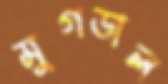
মুগডাল